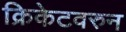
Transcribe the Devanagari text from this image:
क्रिकेटवरुन